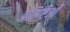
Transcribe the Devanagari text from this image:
प्रविष्टिओं